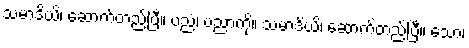
သမာဒိယိ၊ ဆောက်တည်ပြီ။ ပညံ၊ ပညာကို။ သမာဒိယိ၊ ဆောက်တည်ပြီ။ သော၊